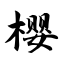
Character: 樱